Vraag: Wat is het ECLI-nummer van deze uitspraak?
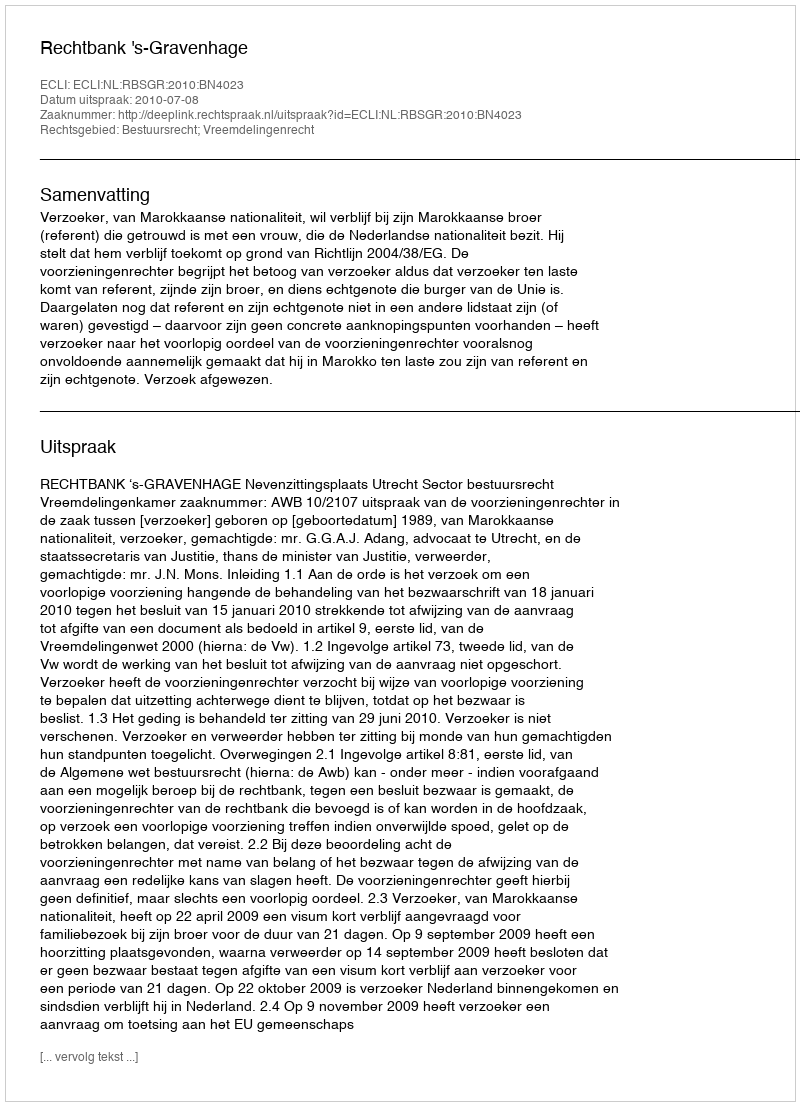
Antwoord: ECLI:NL:RBSGR:2010:BN4023